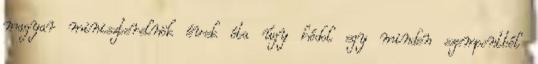
magyar miniszterelnök évek óta úgy hódol egy minden szempontból